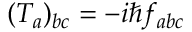
( T _ { a } ) _ { b c } = - i \hbar f _ { a b c }